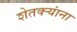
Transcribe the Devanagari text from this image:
शेतक्ऱ्यांना